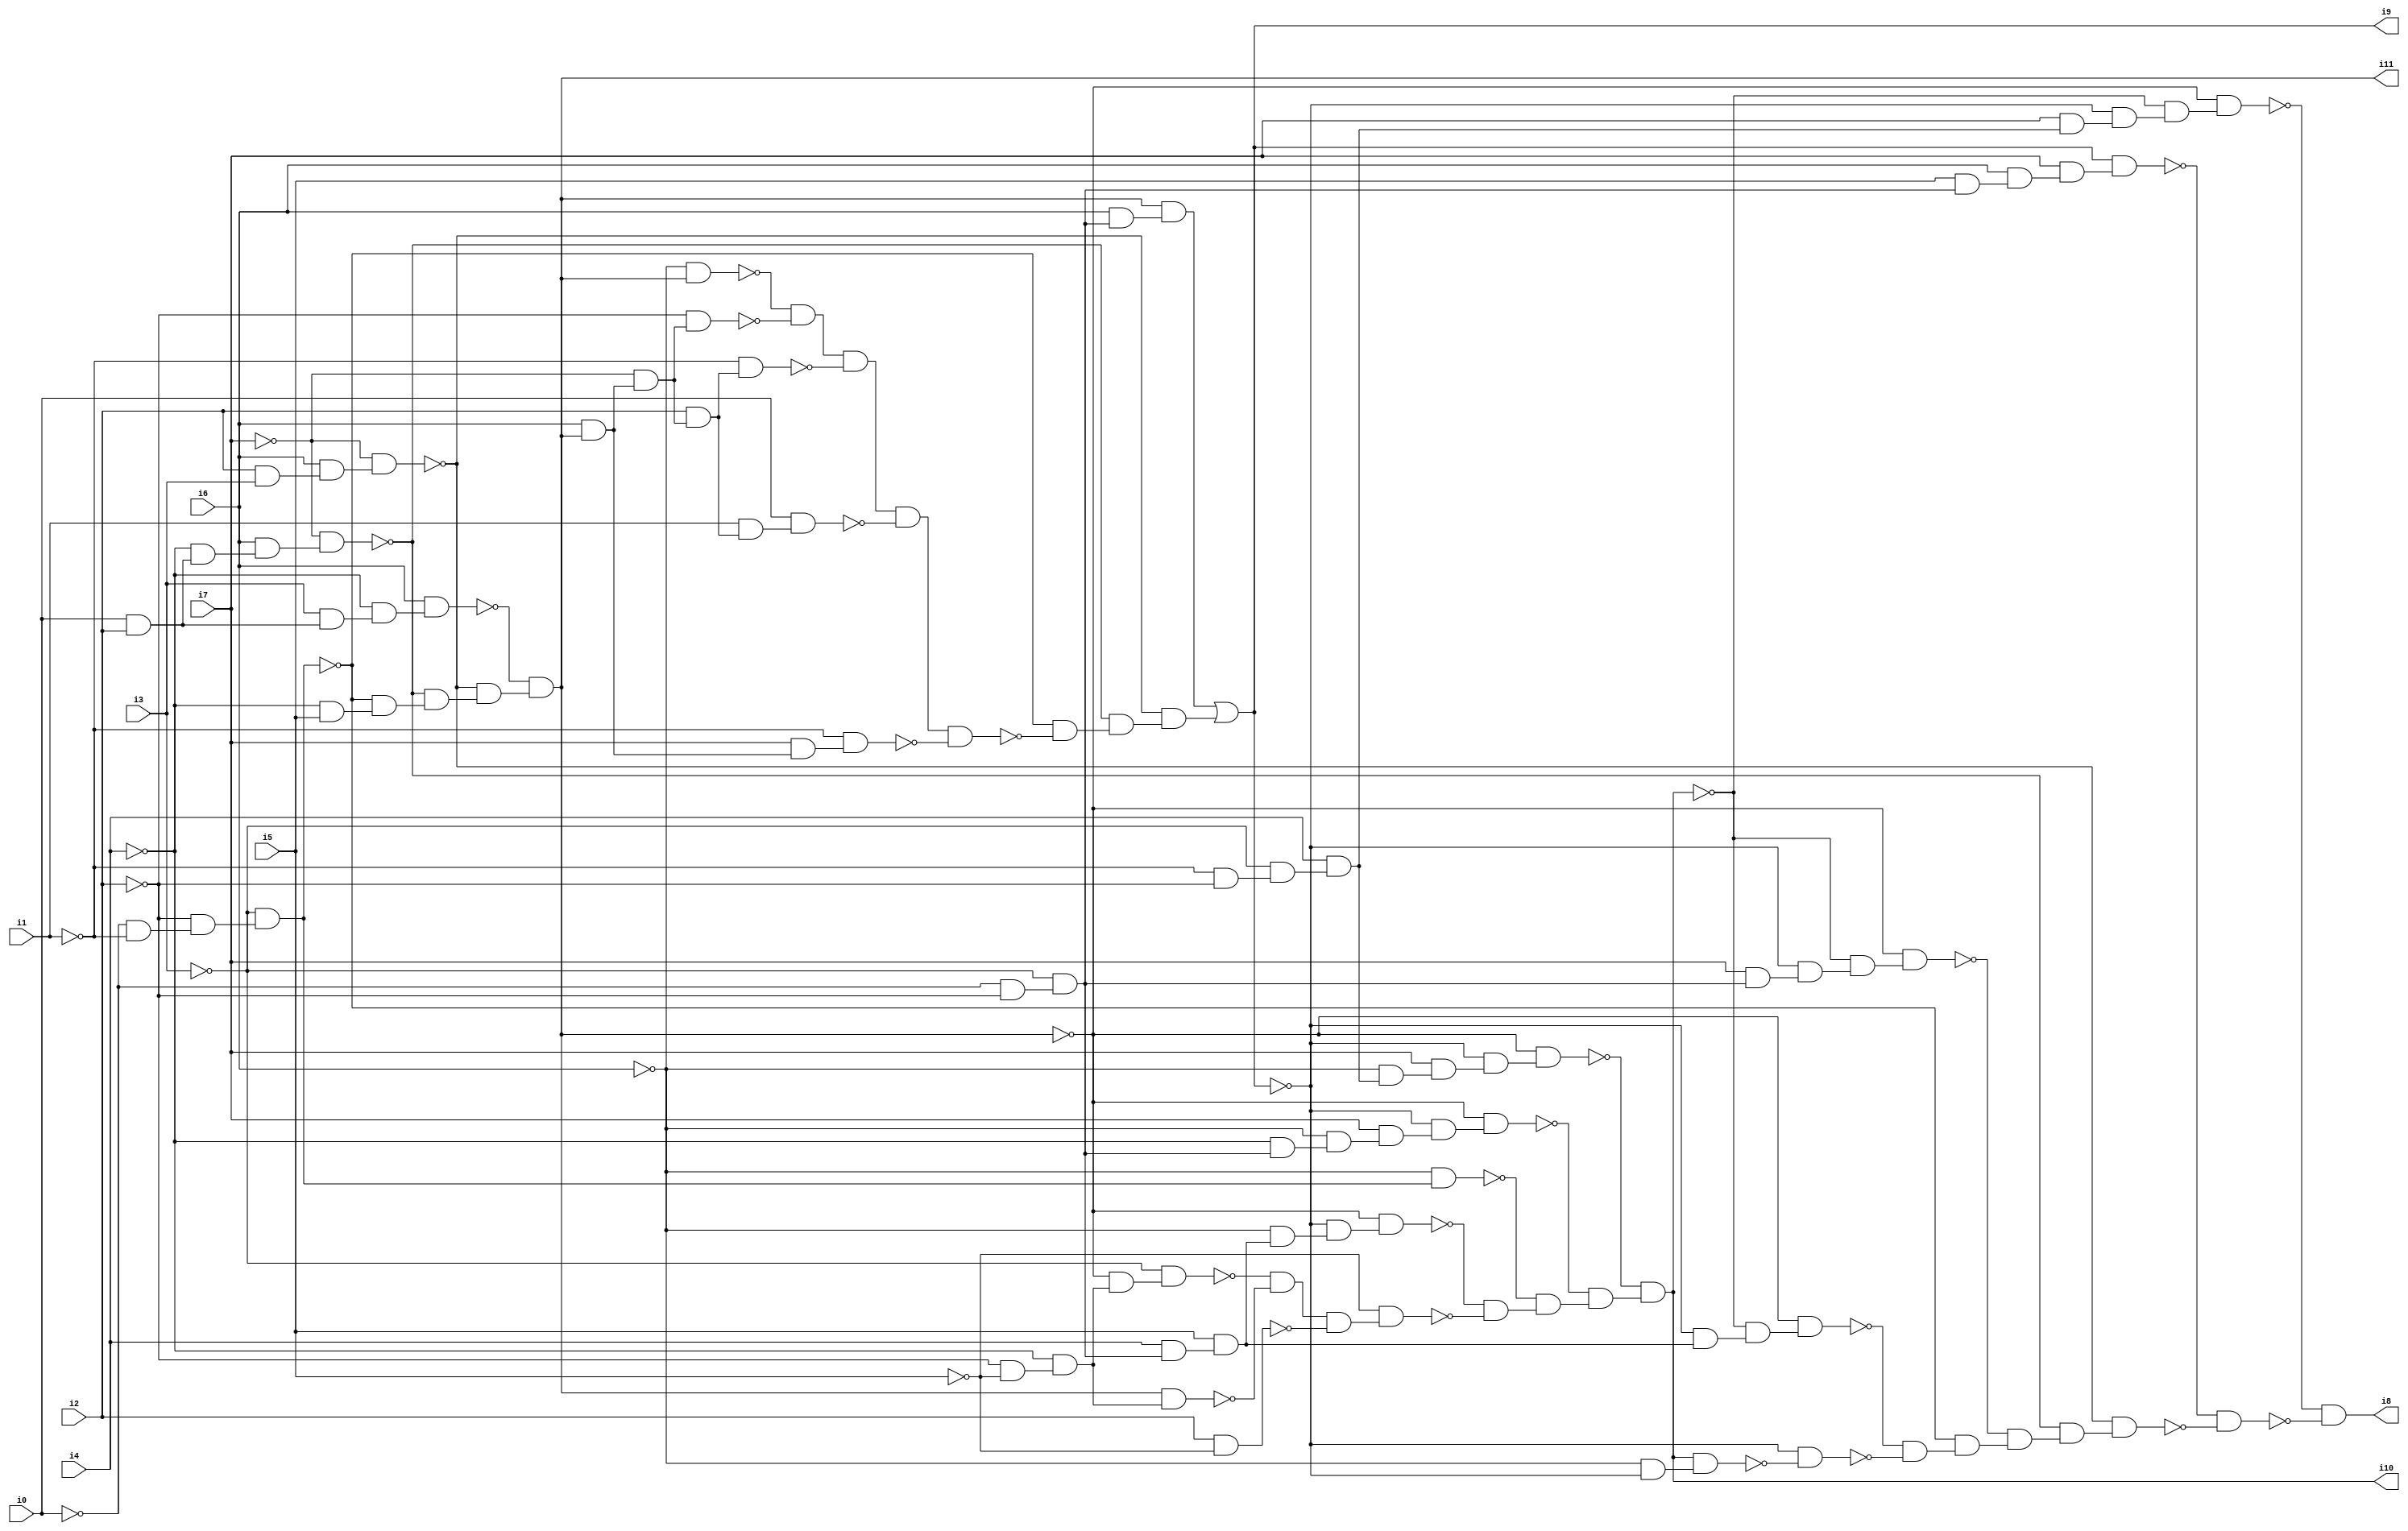
// Benchmark "SKOLEMFORMULA" written by ABC on Mon May  4 05:27:12 2020

module SKOLEMFORMULA ( 
    i0, i1, i2, i3, i4, i5, i6, i7,
    i8, i9, i10, i11  );
  input  i0, i1, i2, i3, i4, i5, i6, i7;
  output i8, i9, i10, i11;
  wire n13, n14, n15, n16, n17, n18, n19, n20, n21, n22, n23, n24, n25, n26,
    n27, n28, n29, n31, n32, n33, n34, n35, n36, n37, n38, n39, n40, n41,
    n42, n43, n44, n45, n46, n47, n48, n49, n50, n51, n53, n54, n55, n56,
    n57, n58, n59, n60, n61, n62, n63, n64, n65, n66, n67, n68, n69, n70,
    n71, n72, n73, n74, n75, n76, n77, n78, n79, n80, n81, n82, n84, n85,
    n86, n87, n88, n89, n90, n91, n92, n93, n94, n95, n96, n97, n98, n99,
    n100, n101, n102, n103, n104, n105, n106, n107;
  assign n13 = ~i0 & ~i1;
  assign n14 = ~i2 & n13;
  assign n15 = ~i3 & n14;
  assign n16 = i0 & i2;
  assign n17 = ~i4 & n16;
  assign n18 = i6 & n17;
  assign n19 = ~i7 & n18;
  assign n20 = i2 & i3;
  assign n21 = i6 & n20;
  assign n22 = ~i7 & n21;
  assign n23 = i3 & n16;
  assign n24 = ~i4 & n23;
  assign n25 = i6 & n24;
  assign n26 = ~i4 & i5;
  assign n27 = ~n15 & n26;
  assign n28 = ~n19 & n27;
  assign n29 = ~n22 & n28;
  assign i11 = ~n25 & n29;
  assign n31 = ~i0 & ~i2;
  assign n32 = ~i3 & n31;
  assign n33 = i6 & n32;
  assign n34 = i11 & n33;
  assign n35 = ~i6 & i11;
  assign n36 = i6 & i11;
  assign n37 = ~i7 & n36;
  assign n38 = ~i2 & n37;
  assign n39 = ~n35 & ~n38;
  assign n40 = i2 & n37;
  assign n41 = ~i1 & n40;
  assign n42 = n39 & ~n41;
  assign n43 = i1 & n40;
  assign n44 = i0 & n43;
  assign n45 = n42 & ~n44;
  assign n46 = i7 & n36;
  assign n47 = ~i1 & n46;
  assign n48 = n45 & ~n47;
  assign n49 = ~n15 & ~n48;
  assign n50 = ~n19 & n49;
  assign n51 = ~n22 & n50;
  assign i9 = n34 | n51;
  assign n53 = i4 & n32;
  assign n54 = i5 & n53;
  assign n55 = ~i6 & n54;
  assign n56 = ~i9 & n55;
  assign n57 = ~i11 & n56;
  assign n58 = ~i6 & n15;
  assign n59 = ~i4 & n32;
  assign n60 = ~i6 & n59;
  assign n61 = i7 & n60;
  assign n62 = ~i9 & n61;
  assign n63 = ~i11 & n62;
  assign n64 = ~i1 & ~i2;
  assign n65 = ~i3 & n64;
  assign n66 = i4 & n65;
  assign n67 = ~i6 & n66;
  assign n68 = i7 & n67;
  assign n69 = ~i9 & n68;
  assign n70 = ~i11 & n69;
  assign n71 = ~i2 & ~i5;
  assign n72 = ~i4 & n71;
  assign n73 = ~i11 & n72;
  assign n74 = ~i3 & n73;
  assign n75 = i11 & n72;
  assign n76 = ~n74 & ~n75;
  assign n77 = i2 & ~i5;
  assign n78 = n76 & ~n77;
  assign n79 = ~i5 & n78;
  assign n80 = ~n57 & ~n79;
  assign n81 = ~n58 & n80;
  assign n82 = ~n63 & n81;
  assign i10 = ~n70 & n82;
  assign n84 = ~i9 & n54;
  assign n85 = ~i10 & n84;
  assign n86 = ~i11 & n85;
  assign n87 = i7 & n32;
  assign n88 = ~i9 & n87;
  assign n89 = ~i10 & n88;
  assign n90 = ~i11 & n89;
  assign n91 = i5 & n32;
  assign n92 = i6 & n91;
  assign n93 = i7 & n92;
  assign n94 = i9 & n93;
  assign n95 = i7 & n66;
  assign n96 = ~i9 & n95;
  assign n97 = ~i10 & n96;
  assign n98 = ~i11 & n97;
  assign n99 = ~i6 & ~i9;
  assign n100 = i10 & n99;
  assign n101 = ~i9 & ~n100;
  assign n102 = ~n86 & ~n101;
  assign n103 = ~n15 & n102;
  assign n104 = ~n90 & n103;
  assign n105 = ~n19 & n104;
  assign n106 = ~n22 & n105;
  assign n107 = ~n94 & ~n106;
  assign i8 = ~n98 & ~n107;
endmodule